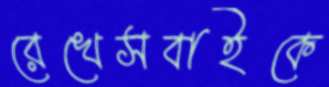
রেখেসবাইকে